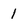
Character: 1